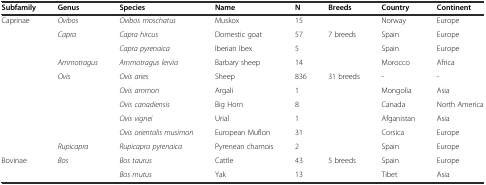
| Subfamily | Genus | Species | Name | N | Breeds | Country | Continent |
 | --- | --- | --- | --- | --- | --- | --- | --- |
 | <ROWSPAN=10> Caprinae | Ovibos | Ovibos moschatus | Muskox | 15 |  | Norway | Europe |
 | <ROWSPAN=2> Capra | Capra hircus | Domestic goat | 57 | 7 breeds | Spain | Europe |
 | Capra pyrenaica | Iberian Ibex | 5 |  | Spain | Europe |
 | Ammotragus | Ammotragus lervia | Barbary sheep | 14 |  | Morocco | Africa |
 | <ROWSPAN=5> Ovis | Ovis aries | Sheep | 836 | 31 breeds | - | - |
 | Ovis ammon | Argali | 1 |  | Mongolia | Asia |
 | Ovis canadiensis | Big Horn | 8 |  | Canada | North America |
 | Ovis vignei | Urial | 1 |  | Afganistan | Asia |
 | Ovis orientalis musimon | European Muflon | 31 |  | Corsica | Europe |
 | Rupicapra | Rupicapra pyrenaica | Pyrenean chamois | 2 |  | Spain | Europe |
 | <ROWSPAN=2> Bovinae | <ROWSPAN=2> Bos | Bos taurus | Cattle | 43 | 5 breeds | Spain | Europe |
 | Bos mutus | Yak | 13 |  | Tibet | Asia |